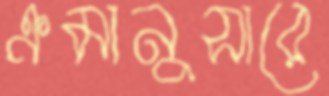
ক্রমানুসারে